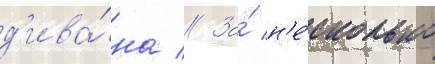
д'ива́на // За́ н'е́сколько